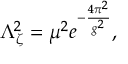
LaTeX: \Lambda _ { \zeta } ^ { 2 } = \mu ^ { 2 } e ^ { - \frac { 4 \pi ^ { 2 } } { g ^ { 2 } } } ,